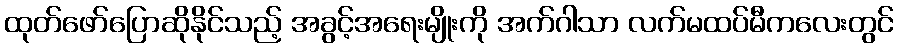
ထုတ်ဖော်ပြောဆိုနိုင်သည့် အခွင့်အရေးမျိုးကို အက်ဂါသာ လက်မထပ်မီကလေးတွင်